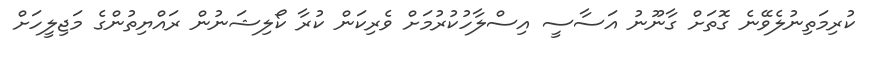
ކުރިމަތިނުލެވޭނެ ގޮތަށް ގާނޫނު އަސާސީ އިސްލާހުކުރުމަށް ވެރިކަން ކުރާ ކޯލިޝަނުން ރައްޔިތުންގެ މަޖިލީހަށް